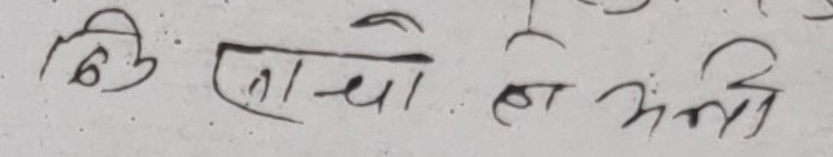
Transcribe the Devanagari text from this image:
बि [बाची] हो अनि